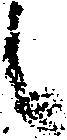
候